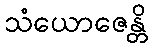
သံယောဇေန္တိ